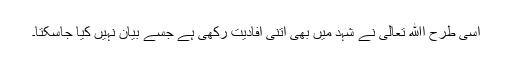
اسی طرح اﷲ تعالیٰ نے شہد میں بھی اتنی افادیت رکھی ہے جسے بیان نہیں کیا جاسکتا۔